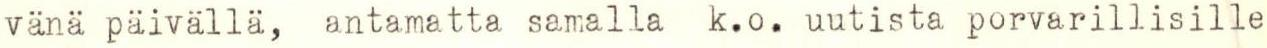
vänä päivällä, antamatta samalla k.o. uutista porvarillisille